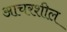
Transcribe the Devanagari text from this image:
आचरशील